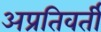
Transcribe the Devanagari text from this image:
अप्रतिवर्ती